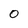
Character: 0